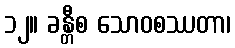
၁၂။ ခန္တီစ သောဝစဿတာ၊